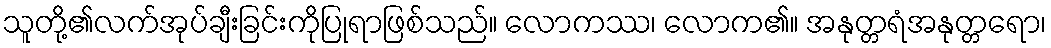
သူတို့၏လက်အုပ်ချီးခြင်းကိုပြုရာဖြစ်သည်။ လောကဿ၊ လောက၏။ အနုတ္တရံအနုတ္တရော၊